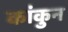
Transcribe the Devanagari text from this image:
कांकुन